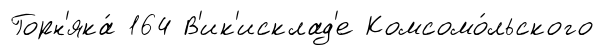
Горн'яка́ 164 В'ик'исклад'е Комсомо́льского